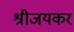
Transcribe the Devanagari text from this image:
श्रीजयकर